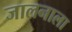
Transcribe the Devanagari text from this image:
जालनाला